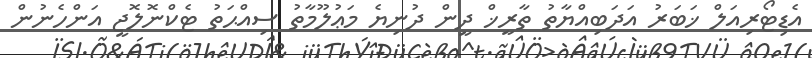
އެޑިޓޯރިއަލް ޚަބަރު އަދަބިއްޔާތު ތާރީޚް ދީން ދުނިޔެ މަޢުލޫމާތު ސިއްޙަތު ޓެކްނޮލޮޖީ އަންހެނުން